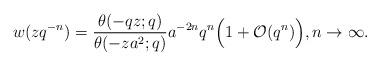
LaTeX: \begin{align*} w(zq^{-n}) = \frac{ \theta(-qz;q)}{\theta(-za^2;q)} a^{-2n} q^n \Big( 1+\mathcal O(q^n)\Big), n \rightarrow \infty.\end{align*}